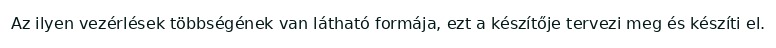
Az ilyen vezérlések többségének van látható formája, ezt a készítője tervezi meg és készíti el.